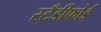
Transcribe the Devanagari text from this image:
स्टँडीफोर्ड